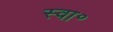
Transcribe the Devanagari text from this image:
स्वा॰